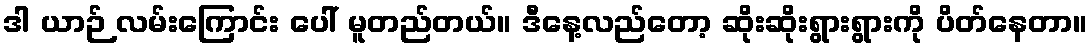
ဒါ ယာဉ် လမ်းကြောင်း ပေါ် မူတည်တယ်။ ဒီနေ့လည်တော့ ဆိုးဆိုးရွားရွားကို ပိတ်နေတာ။